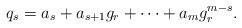
LaTeX: \begin{align*} q_s=a_s+a_{s+1}g_r+\cdots+a_mg_r^{m-s}.\end{align*}